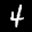
Label: 4